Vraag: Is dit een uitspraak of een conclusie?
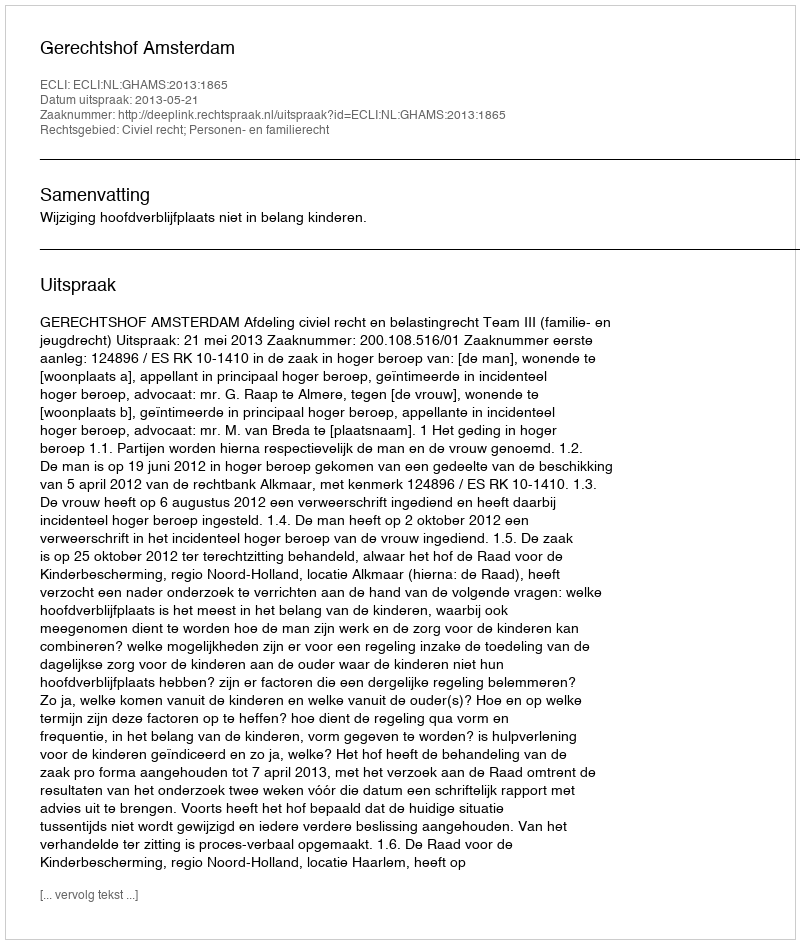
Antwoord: Uitspraak